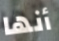
أنها